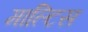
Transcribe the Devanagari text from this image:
माल्टिस